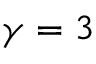
\gamma = 3